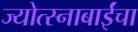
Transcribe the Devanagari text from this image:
ज्योत्स्नाबाईंचा